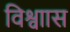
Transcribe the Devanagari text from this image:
विश्वाास